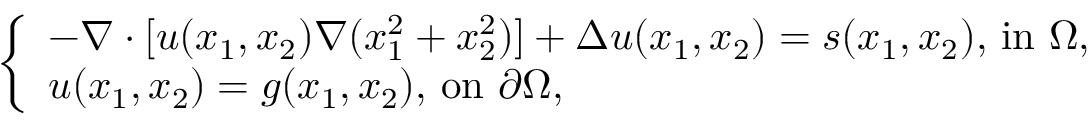
\left\{ \begin{array} { l l } { - \nabla \cdot [ u ( x _ { 1 } , x _ { 2 } ) \nabla ( x _ { 1 } ^ { 2 } + x _ { 2 } ^ { 2 } ) ] + \Delta u ( x _ { 1 } , x _ { 2 } ) = s ( x _ { 1 } , x _ { 2 } ) , \, \mathrm { i n } \, \, \Omega , } \\ { u ( x _ { 1 } , x _ { 2 } ) = g ( x _ { 1 } , x _ { 2 } ) , \, \mathrm { o n } \, \, \partial \Omega , } \end{array} \right.